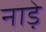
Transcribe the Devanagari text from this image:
नाड़े